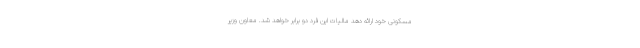
مسکونی خود ارائه دهد مالیات این فرد دو برابر خواهد شد. معاون وزیر